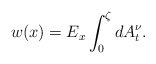
\begin{align*}w(x)=E_{x} \int_{0}^{\zeta} dA_{t}^{\nu}.\end{align*}